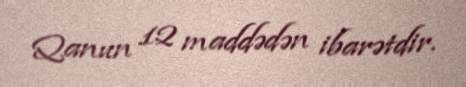
Qanun 12 maddədən ibarətdir.